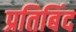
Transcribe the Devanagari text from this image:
प्रतिबिंद